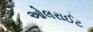
ઓલરાઈટ